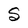
Character: S